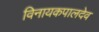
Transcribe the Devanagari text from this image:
विनायकपालदेव